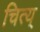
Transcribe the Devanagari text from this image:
चित्य्